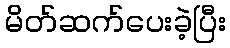
မိတ်ဆက်ပေးခဲ့ပြီး